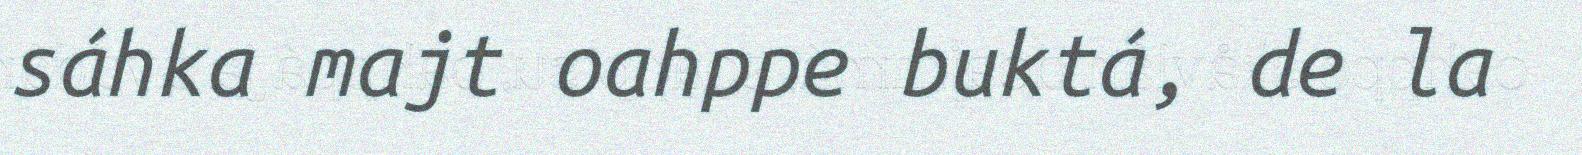
sáhka majt oahppe buktá, de la